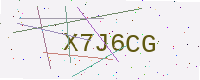
Text: X7J6CG